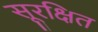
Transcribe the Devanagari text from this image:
सूरक्षित